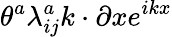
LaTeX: \theta^{a}\lambda_{ij}^{a}k\cdot\partial xe^{ikx}